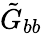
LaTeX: \tilde{G}_{bb}